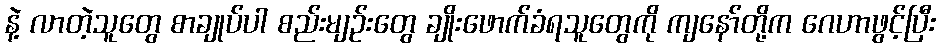
နဲ့ လာတဲ့သူတွေ စာချုပ်ပါ စည်းမျဉ်းတွေ ချိုးဖောက်ခံရသူတွေကို ကျနော်တို့က ဂေဟာဖွင့်ပြီး